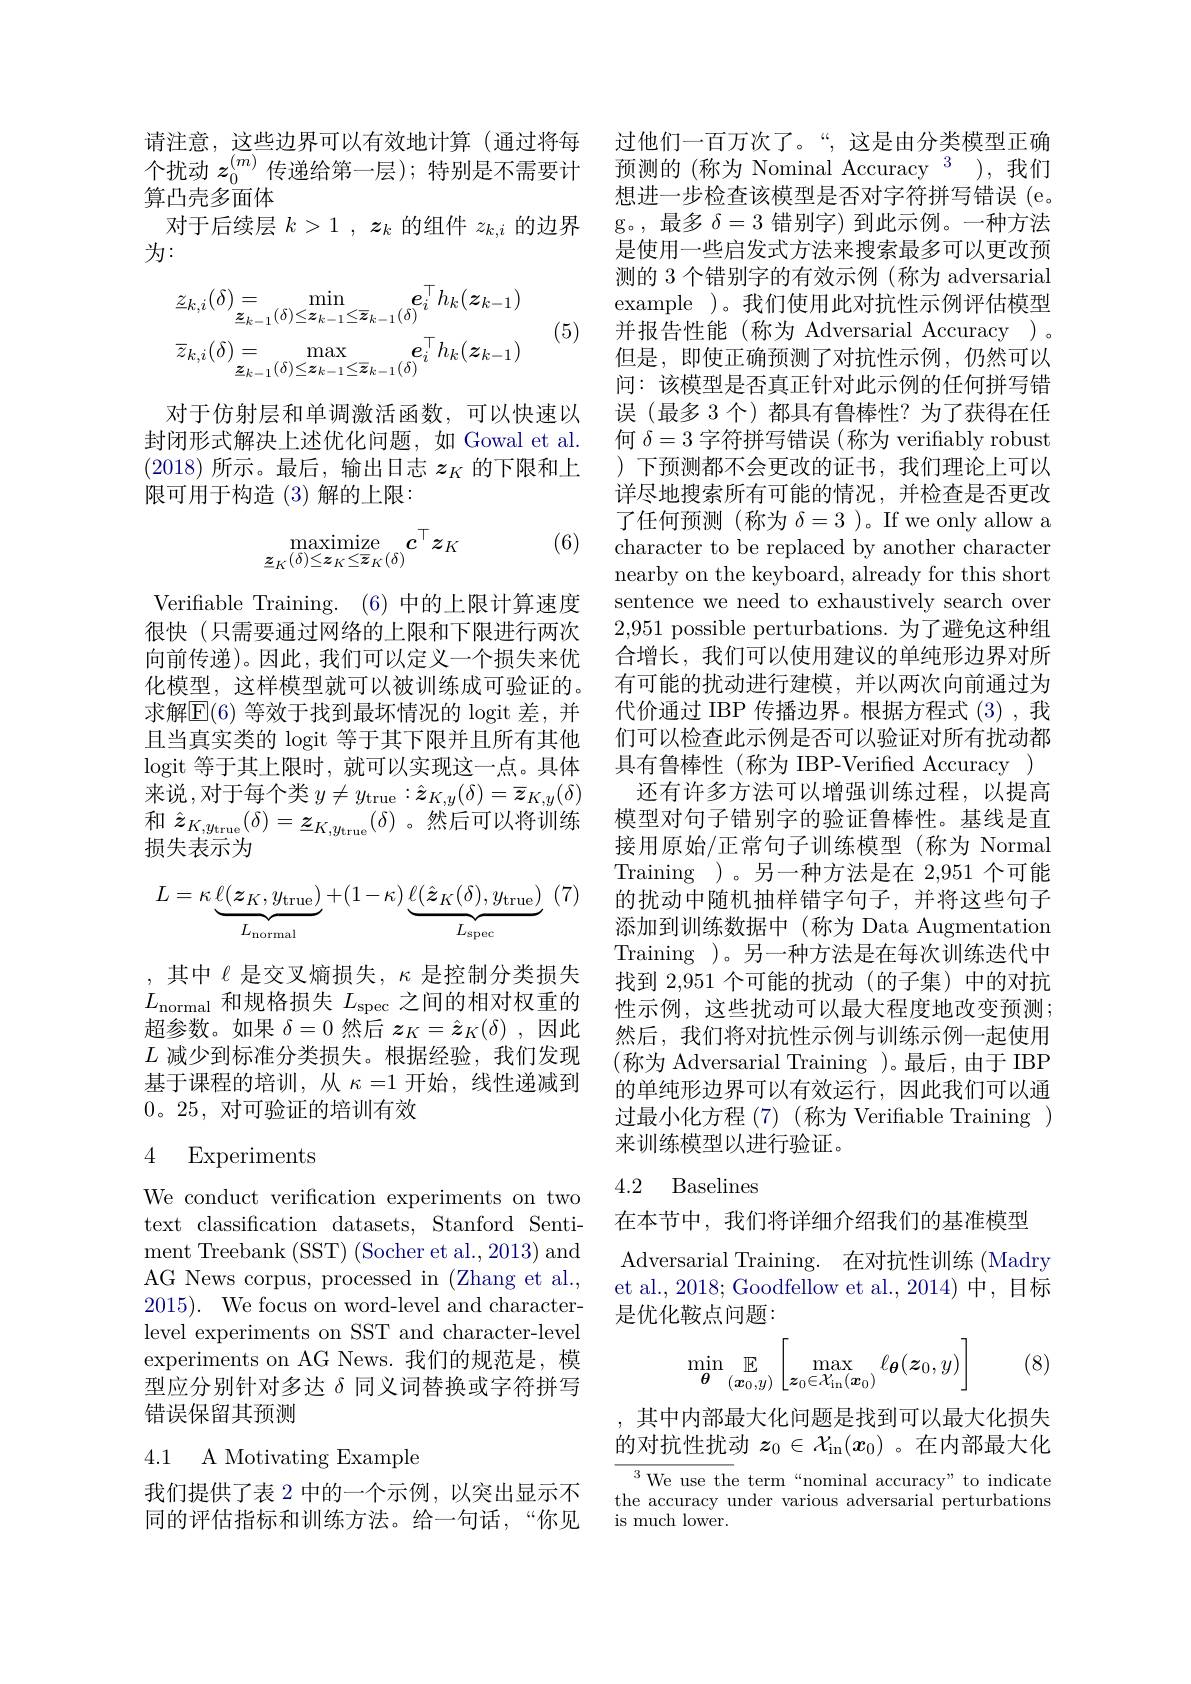
请注意，这些边界可以有效地计算(通过将每
内 上 态 , 这 三 边 打 可 以 月 从 地 们 并 ( 观 过 内 母 过 他 们 口 分 队 」 。, 达 足 四 万 天 候 主 正 确 个 扰 动 $z_{0}^{( m) }\text{ 传 递 给 第 一 层 ) ; 特 别 是 不 需 要 计 预 测 的 ( 称 为 Nominal Accuracy }^{3}) $, 我 们 年 日 本 可 以
算凸壳多面体
对于后续层$k>1,\boldsymbol{z}_k$的组件$z_k,i$的边界
为：
$$\underline{z}_{k,i}(\delta)=\operatorname*{min}_{\underline{z}_{k-1}(\delta)\leq\boldsymbol{z}_{k-1}\leq\overline{\boldsymbol{z}}_{k-1}(\delta)}e_{i}^{\top}h_{k}(\boldsymbol{z}_{k-1})\\\overline{z}_{k,i}(\delta)=\operatorname*{max}_{\underline{z}_{k-1}(\delta)\leq\boldsymbol{z}_{k-1}\leq\overline{\boldsymbol{z}}_{k-1}(\delta)}e_{i}^{\top}h_{k}(\boldsymbol{z}_{k-1})$$
(5)

对于仿射层和单调激活函数，可以快速以封闭形式解决上述优化问题，如 Gowal et al. (2018)所示。最后，输出日志$z_K$的下限和上限可用于构造(3)解的上限：

(6)
$$\operatorname*{maximize}_{\underline{z}_{K}(\delta)\leq\boldsymbol{z}_{K}\leq\overline{\boldsymbol{z}}_{K}(\delta)}c^{\top}z_{K}$$
Verifiable Training.(6) 中的上限计算速度很快(只需要通过网络的上限和下限进行两次向前传递)。因此，我们可以定义一个损失来优化模型，这样模型就可以被训练成可验证的。求解$\mathbb{E}(6)$ 等效于找到最坏情况的 logit 差，并且当真实类的 logit 等于其下限并且所有其他logit 等于其上限时，就可以实现这一点。具体来说，对于每个类 $y\neq y_\mathrm{true}:\hat{\boldsymbol{z}}_{K,y}(\delta)=\overline{\boldsymbol{z}}_{K,y}(\delta)$ 和$\hat{z}_{K,y_{\mathrm{true}}}(\delta)=\underline{z}_{K,y_{\mathrm{true}}}(\delta)$ 。然后可以将训练损失表示为
$$L=\kappa\underbrace{\ell(\boldsymbol{z}_K,y_{\mathrm{true}})}_{L_{\mathrm{normal}}}+(1-\kappa)\underbrace{\ell(\hat{\boldsymbol{z}}_K(\delta),y_{\mathrm{true}})}_{L_{\mathrm{spec}}}$$
,其中$\ell$ 是交叉熵损失$,\kappa$ 是控制分类损失$L_{\mathrm{normal}}$和规格损失$L_\mathrm{spec}$之间的相对权重的超参数。如果$\delta=0$然后$z_K=\hat{z}_K(\delta)$ ,因此$L$减少到标准分类损失。根据经验，我们发现基于课程的培训，从$\kappa=1$开始，线性递减到0。25,对可验证的培训有效

### 4 Experiments

We conduct verification experiments on two text classification datasets, Stanford Sentiment Treebank (SST) (Socher et al., 2013) and AG News corpus, processed in (Zhang et al., 2015). We focus on word-level and characterlevel experiments on SST and character-level experiments on AG News. 我们的规范是，模型应分别针对多达$\delta$同义词替换或字符拼写错误保留其预测

4.1 A Motivating Example

我们提供了表 2 中的一个示例，以突出显示不同的评估指标和训练方法。给一句话，“你见

过他们一百万次了。“,这是由分类模型正确想进一步检查该模型是否对字符拼写错误(e。g。,最多$\delta=3$错别字) 到此示例。一种方法是使用一些启发式方法来搜索最多可以更改预测的 3 个错别字的有效示例 (称为 adversarial example )。我们使用此对抗性示例评估模型并报告性能(称为 Adversarial Accuracy )。但是，即使正确预测了对抗性示例，仍然可以问：该模型是否真正针对此示例的任何拼写错误(最多 3 个) 都具有鲁棒性？为了获得在任何$\delta=3$字符拼写错误 (称为 verifiably robust )下预测都不会更改的证书，我们理论上可以详尽地搜索所有可能的情况，并检查是否更改了任何预测(称为$\delta=3$ )。If we only allow a character to be replaced by another character nearby on the keyboard, already for this short sentence we need to exhaustively search over 2,951 possible perturbations. 为了避免这种组合增长，我们可以使用建议的单纯形边界对所有可能的扰动进行建模，并以两次向前通过为代价通过 IBP 传播边界。根据方程式 (3), 我们可以检查此示例是否可以验证对所有扰动都具有鲁棒性(称为 IBP-Verified Accuracy )
还有许多方法可以增强训练过程，以提高模型对句子错别字的验证鲁棒性。基线是直接用原始/正常句子训练模型(称为 Normal Training )。另一种方法是在 2,951 个可能的扰动中随机抽样错字句子，并将这些句子添加到训练数据中(称为 Data Augmentation Training )。另一种方法是在每次训练迭代中找到 2,951 个可能的扰动 (的子集) 中的对抗性示例，这些扰动可以最大程度地改变预测； 然后，我们将对抗性示例与训练示例一起使用(称为 Adversarial Training )。最后，由于 IBP 的单纯形边界可以有效运行，因此我们可以通过最小化方程 (7)(称为 Verifiable Training ) 来训练模型以进行验证。

### 4.2 Baselines

在本节中，我们将详细介绍我们的基准模型
Adversarial Training. 在对抗性训练 (Madry et al., 2018; Goodfellow et al., 2014) 中，目标是优化鞍点问题：
$$\min\limits_{\boldsymbol{\theta}}\mathbb{E}\limits_{(\boldsymbol{x}_0,y)}\begin{bmatrix}\max\limits_{\boldsymbol{z}_0\in\mathcal{X}_{\mathrm{in}}(\boldsymbol{x}_0)}\ell_{\boldsymbol{\theta}}(\boldsymbol{z}_0,y)\end{bmatrix}$$
(8)

其中内部最大化问题是找到可以最大化损失的对抗性扰动$z_0\in\mathcal{X}_{\mathrm{in}}(x_0)$ 。在内部最大化

$^{3}$We use the term“nominal accuracy" to indicate the accuracy under various adversarial perturbations is much lower.